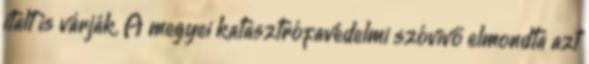
italt is várják. A megyei katasztrófavédelmi szóvivő elmondta azt